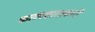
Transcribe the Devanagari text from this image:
काव्यशास्त्रकारों